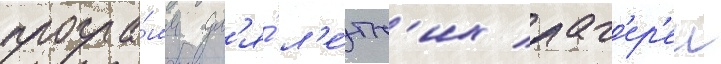
програ́мм дл'я́ л'е́тн'их лаг'ер'еи